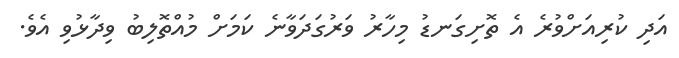
އަދި ކުރިއަށްވުރެ އެ ތޮށިގަނޑު މިހާރު ވަރުގަދަވާނެ ކަމަށް މުއްތޮލިބު ވިދާޅުވި އެވެ.